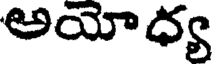
అయోధ్య